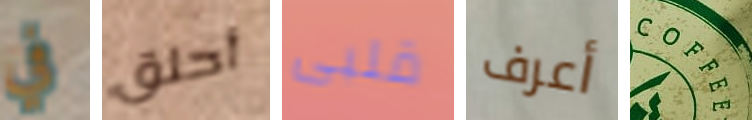
في أحلق قلبى أعرف COFFEE